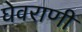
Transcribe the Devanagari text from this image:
घेवराणी